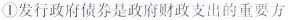
①发行政府债券是政府财政支出的重要方